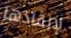
لإنقاذها